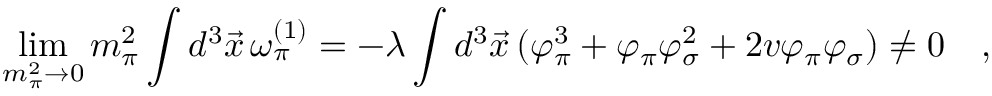
\operatorname * { l i m } _ { m _ { \pi } ^ { 2 } \rightarrow 0 } m _ { \pi } ^ { 2 } \int d ^ { 3 } \vec { x } \, \omega _ { \pi } ^ { ( 1 ) } = - \lambda \int d ^ { 3 } \vec { x } \, ( \varphi _ { \pi } ^ { 3 } + \varphi _ { \pi } \varphi _ { \sigma } ^ { 2 } + 2 v \varphi _ { \pi } \varphi _ { \sigma } ) \ne 0 \quad ,